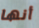
أنها